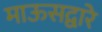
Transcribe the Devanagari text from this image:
माऊसद्वारे